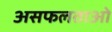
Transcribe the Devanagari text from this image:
असफलताओ